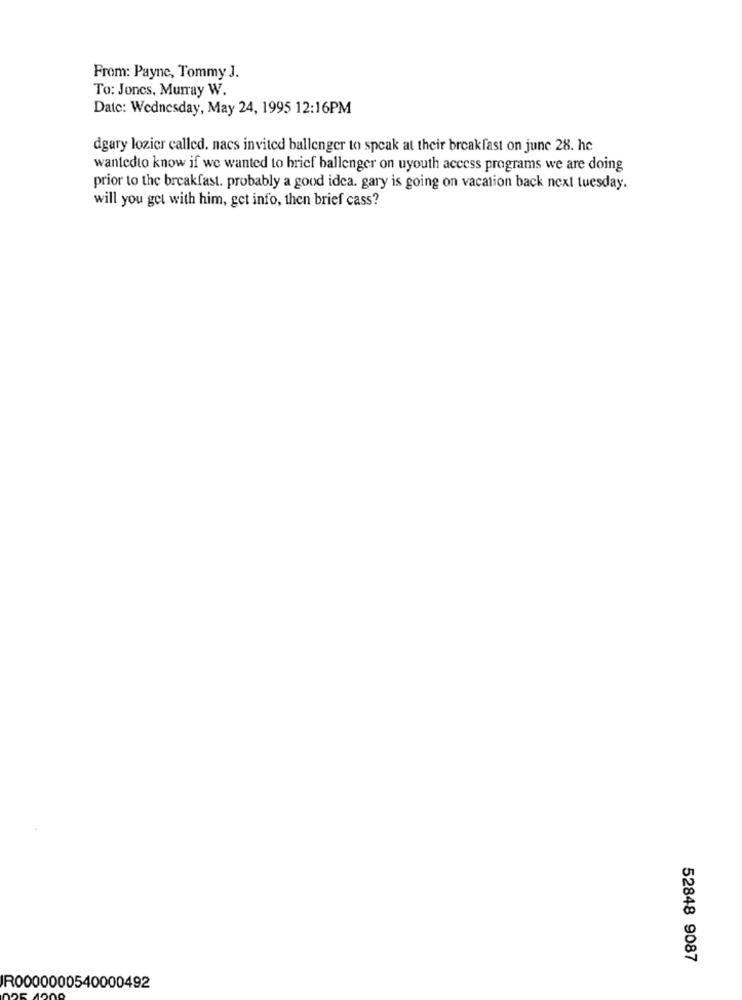
From: Payne, Tommy J.
To: Jones, Murray W.
Date: Wednesday, May 24, 1995 12:16PM
dgary lozicr called. nacs invited ballenger to speak at their breakfast on june 28. he
wantedto know if we wanted to brief ballenger on uyouth access programs we are doing
prior to the breakfast. probably a good idea. gary is going on vacation back next tuesday.
will you get with him, get info, then brief cass?
52848 9087
R0000000540000492